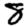
Digit: 8